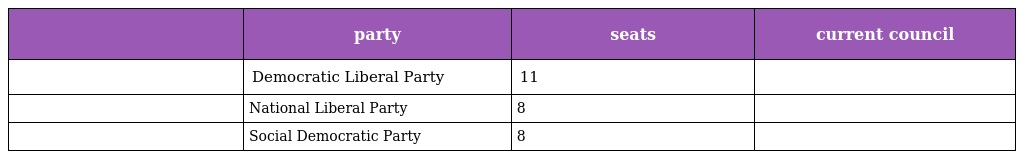
|  | party | seats | current council |
 | --- | --- | --- | --- |
 |  | Democratic Liberal Party | 11 |  |
 |  | National Liberal Party | 8 |  |
 |  | Social Democratic Party | 8 |  |